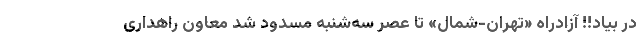
در بیاد!! آزادراه «تهران-شمال» تا عصر سه‌شنبه مسدود شد معاون راهداری